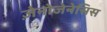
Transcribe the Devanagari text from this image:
ज़ेनोजेनेसिस